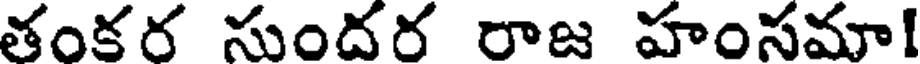
తంకర సుందర రాజ హంసమా!